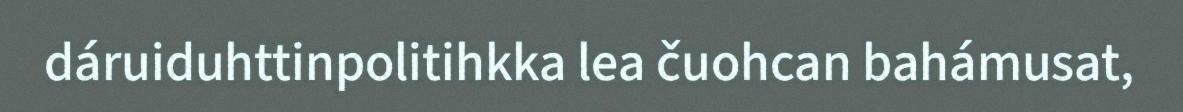
dáruiduhttinpolitihkka lea čuohcan bahámusat,